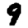
Digit: 9